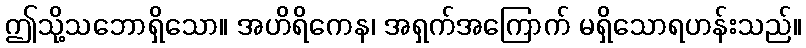
ဤသို့သဘောရှိသော။ အဟိရိကေန၊ အရှက်အကြောက် မရှိသောရဟန်းသည်။